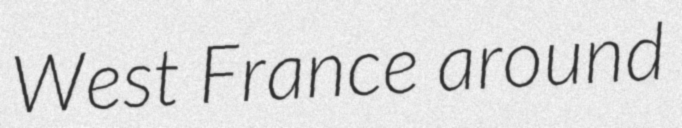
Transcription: West France around